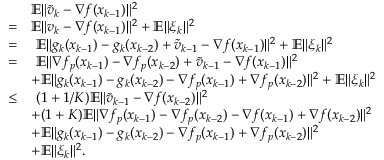
\begin{array} { r l } & { \mathbb { E } \| \widetilde v _ { k } - \nabla f ( x _ { k - 1 } ) \| ^ { 2 } } \\ { = } & { \mathbb { E } \| v _ { k } - \nabla f ( x _ { k - 1 } ) \| ^ { 2 } + \mathbb { E } \| \xi _ { k } \| ^ { 2 } } \\ { = } & { \ \mathbb { E } \| g _ { k } ( x _ { k - 1 } ) - g _ { k } ( x _ { k - 2 } ) + \widetilde v _ { k - 1 } - \nabla f ( x _ { k - 1 } ) \| ^ { 2 } + \mathbb { E } \| \xi _ { k } \| ^ { 2 } } \\ { = } & { \ \mathbb { E } \| \nabla f _ { p } ( x _ { k - 1 } ) - \nabla f _ { p } ( x _ { k - 2 } ) + \widetilde v _ { k - 1 } - \nabla f ( x _ { k - 1 } ) \| ^ { 2 } } \\ & { + \mathbb { E } \| g _ { k } ( x _ { k - 1 } ) - g _ { k } ( x _ { k - 2 } ) - \nabla f _ { p } ( x _ { k - 1 } ) + \nabla f _ { p } ( x _ { k - 2 } ) \| ^ { 2 } + \mathbb { E } \| \xi _ { k } \| ^ { 2 } } \\ { \leq } & { \ ( 1 + 1 / K ) \mathbb { E } \| \widetilde v _ { k - 1 } - \nabla f ( x _ { k - 2 } ) \| ^ { 2 } } \\ & { + ( 1 + K ) \mathbb { E } \| \nabla f _ { p } ( x _ { k - 1 } ) - \nabla f _ { p } ( x _ { k - 2 } ) - \nabla f ( x _ { k - 1 } ) + \nabla f ( x _ { k - 2 } ) \| ^ { 2 } } \\ & { + \mathbb { E } \| g _ { k } ( x _ { k - 1 } ) - g _ { k } ( x _ { k - 2 } ) - \nabla f _ { p } ( x _ { k - 1 } ) + \nabla f _ { p } ( x _ { k - 2 } ) \| ^ { 2 } } \\ & { + \mathbb { E } \| \xi _ { k } \| ^ { 2 } . } \end{array}